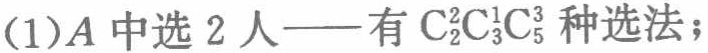
(1)A中选 2 人——有\(C_{2}^{2}C_{3}^{1}C_{5}^{3}\)种选法；